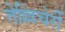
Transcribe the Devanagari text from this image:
तेल्लिचेर्री